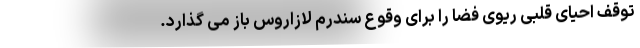
توقف احیای قلبی ریوی فضا را برای وقوع سندرم لازاروس باز می گذارد.